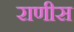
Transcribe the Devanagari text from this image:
राणीस